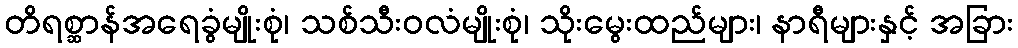
တိရစ္ဆာန်အရေခွံမျိုးစုံ၊ သစ်သီးဝလံမျိုးစုံ၊ သိုးမွေးထည်များ၊ နာရီများနှင့် အခြား